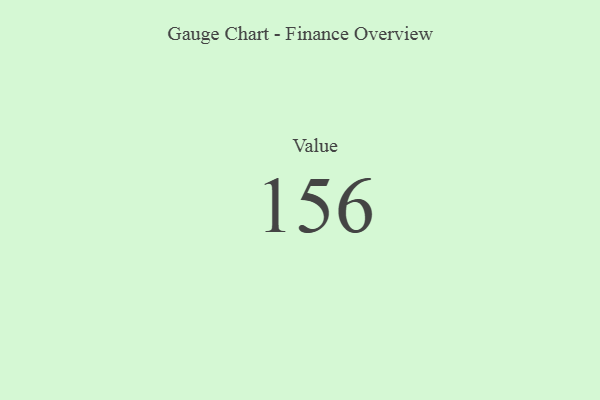
{"axis": {"x": "Metric", "y": "Value"}, "legend": [""], "data": [{"x": "Value", "y": 156, "type": ""}]}